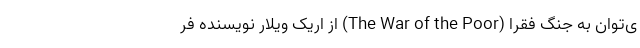
ی‌توان به جنگ فقرا (The War of the Poor) از اریک ویلار نویسنده فر